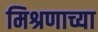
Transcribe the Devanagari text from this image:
मिश्रणाच्या